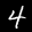
Label: 4